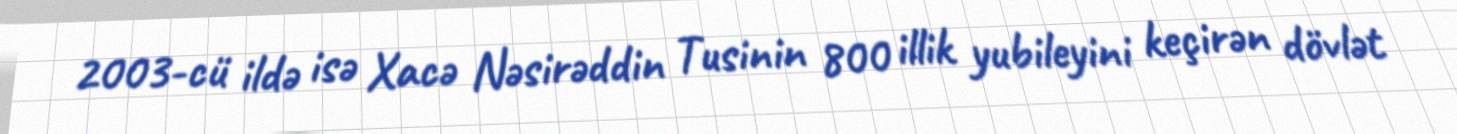
2003-cü ildə isə Xacə Nəsirəddin Tusinin 800 illik yubileyini keçirən dövlət